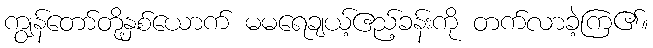
ကျွန်တော်တို့နှစ်ယောက် မမရေချယ့်ဧည့်ခန်းကို တက်လာခဲ့ကြ၏။